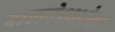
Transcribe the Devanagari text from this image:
बालवेशशोभा